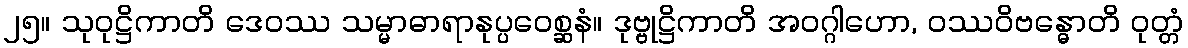
၂၅။ သုဝုဋ္ဌိကာတိ ဒေဝဿ သမ္မာဓာရာနုပ္ပဝေစ္ဆနံ။ ဒုဗ္ဗုဋ္ဌိကာတိ အဝဂ္ဂါဟော, ဝဿဝိဗန္ဓောတိ ဝုတ္တံ